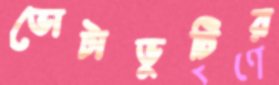
ভোটাভুটির